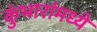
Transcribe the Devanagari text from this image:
कुंभारांमध्ये